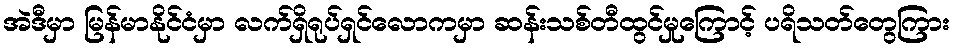
အဲဒီမှာ မြန်မာနိုင်ငံမှာ လက်ရှိရုပ်ရှင်လောကမှာ ဆန်းသစ်တီထွင်မှုကြောင့် ပရိသတ်တွေကြား